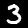
Digit: 3